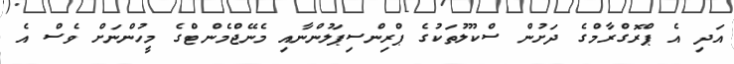
އަދި އެ ޕްރޮގްރާމްގެ ދަށުން ސްކޫލުތަކުގެ ޕްރިންސިޕަލުންނާއި މެނޭޖްމެންޓްގެ މީހުންނަށް ވެސް އެ